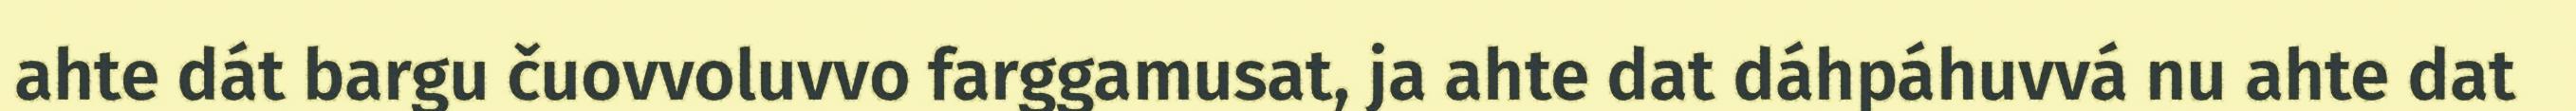
ahte dát bargu čuovvoluvvo farggamusat, ja ahte dat dáhpáhuvvá nu ahte dat